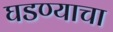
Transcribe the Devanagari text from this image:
घडण्याचा